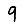
Digit: 9